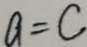
a = c